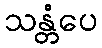
သန္တံပေ